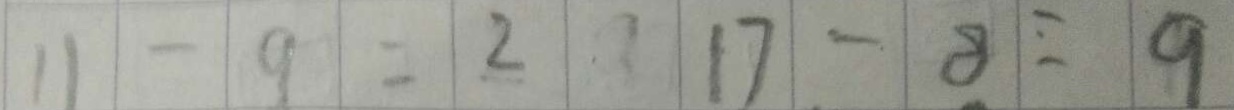
1 1 - 9 = 2 1 7 - 8 = 9